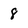
Character: 8